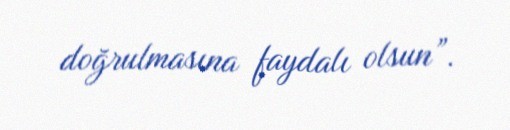
doğrulmasına faydalı olsun”.